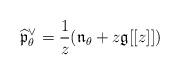
LaTeX: \begin{align*}\widehat{\mathfrak{p}}_{\theta}^{\vee} = \frac{1}{z}(\mathfrak{n}_{\theta} + z\mathfrak{g}[[z]])\end{align*}